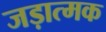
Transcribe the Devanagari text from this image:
जड़ात्मक